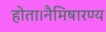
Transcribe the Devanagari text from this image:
होता।नैमिषारण्य